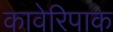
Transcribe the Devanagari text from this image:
कावेरिपाक